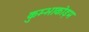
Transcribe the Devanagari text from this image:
कुम्भाकोड़म